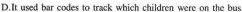
D. t used bar codes to track which children were on the bus.